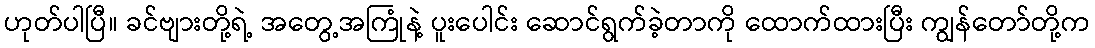
ဟုတ်ပါပြီ။ ခင်ဗျားတို့ရဲ့ အတွေ့အကြုံနဲ့ ပူးပေါင်း ဆောင်ရွက်ခဲ့တာကို ထောက်ထားပြီး ကျွန်တော်တို့က